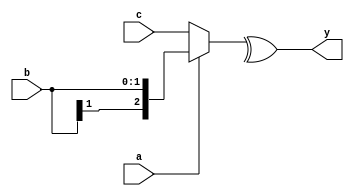
module test (a, b, c, y);
    input a;
    input signed [1:0] b;
    input signed [2:0] c;
    output y;
    assign #(12.5, 14.5) y = ^(a ? b : c);
endmodule